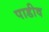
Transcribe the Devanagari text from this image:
पाडीव